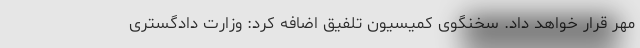
مهر قرار خواهد داد. سخنگوی کمیسیون تلفیق اضافه کرد: وزارت دادگستری